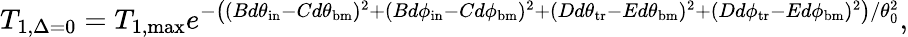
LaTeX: T_{1,\Delta=0}=T_{1,\mathrm{max}}e^{-\left((Bd\theta_{\mathrm{in}}-Cd\theta_{\mathrm{bm}})^{2}+(Bd\phi_{\mathrm{in}}-Cd\phi_{\mathrm{bm}})^{2}+(Dd\theta_{\mathrm{tr}}-Ed\theta_{\mathrm{bm}})^{2}+(Dd\phi_{\mathrm{tr}}-Ed\phi_{\mathrm{bm}})^{2}\right)/\theta_{0}^{2}},